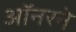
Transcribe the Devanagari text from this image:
ऑनरने